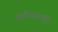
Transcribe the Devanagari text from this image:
वशीकरणी